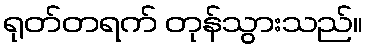
ရုတ်တရက် တုန်သွားသည်။